Annual report of the Civil Veterinary Department, Bengal, for the year 1897-98 - 1897-1898
Year: 1897
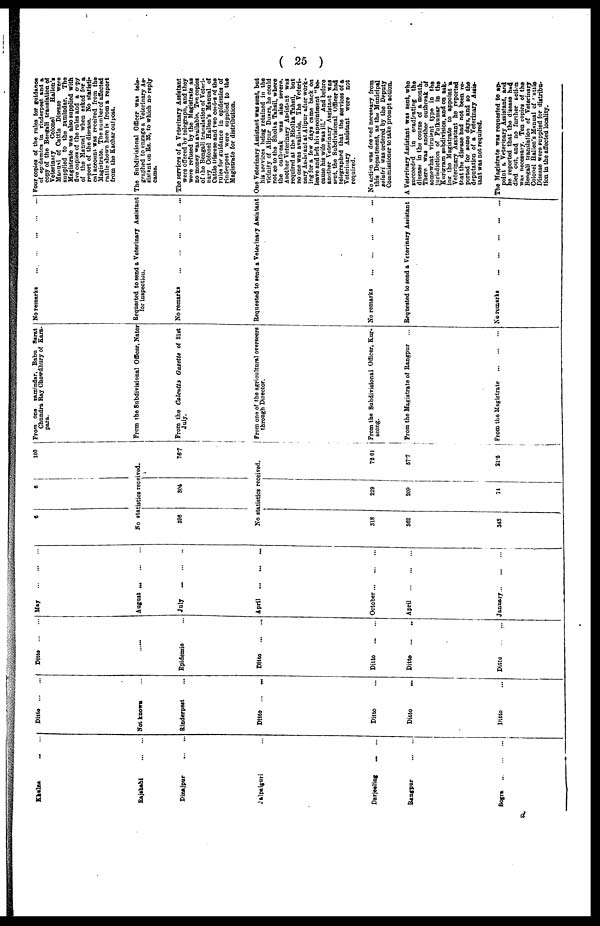
( 25 )
Khulna ... ...
Rajshahi
...
...
Dinajpur ... ...
Jalpaiguri ...
Darjeeling ... ...
Bangpur
...
...
Bogra
...
...
...
Ditto
...
...
Not known ...
Rinderpest ...
Ditto ...
...
Ditto ...
Ditto
...
Ditto ...
Ditto
...
...
......
Epidemic ...
Ditto
...
...
Ditto ... ...
Ditto
...
...
Ditto
...
...
May ... ... ...
May
...
...
...
August
...
...
...
July ... ... ...
April
...
...
...
October ... ... ...
April
...
...
...
January...
...
...
6
6
100
No statistics received.
396
304
76.7
No statistics received.
318
362
343
229
209
71
78 01
57.7
21.5
From one zamindar, Babu Sarat
Chandra Ray Chowdhury of Kara-
para.
From the Subdivisional Officer, Nator
From the Calcutta Gazette of 21st
July.
From one of the agricultural overseers
through Director.
From the Subdivisional Officer, Kur-
seong.
From the Magistrate of Rangpur ...
Prom the Magistrate
...
...
...
No remarks
...
...
...
...
...
Requested to send a Veterinary Assistant
for inspection.
No remarks
...
...
...
...
...
Requested to send a Veterinary Assistant
No remarks ... ... ... ... ...
Requested to send a Veterinary Assistant
No remarks
... ... ... ... ...
Four copies of the rules for guidance
of epidemics in rinderpest and a
copy of the Bengali translation of
Veterinary
Colonel
Hallen's
Manual of Cattle Disease were
supplied to the zamindar. The
Magistrate was also supplied with
five copies of the rules and a copy
of the Manual when asked for a
report of the disease. No statisti-
cal account was received from the
Magistrate. The number of affected
cattle shown here is from a report
from the Kachar out post.
The Subdivisional Officer was tele-
graphed to engage a Veterinary As-
sistant on Rs. 35, to which no reply
came.
The services of a Veterinary Assistant
were offered by telegraph, and they
were refused by the Magistrate as
no money was available. Ten copies
of the Bengali translation of Veteri-
nary Colonel Hallen's Manual of
Cattle Disease and two confrs of the
rules for guidance in epidemics of
rinderpest were supplied to the
Magistrate for distribution.
One Veterinary Assistant was sent, but
his services being retained in the
vicinity of Alipur Duars, he could
not go to the Bholka Tahsil, where
the outbreak was also severe.
Another Veterinary Assistant was
required at the Bholka Tahsil, but
no one was available. The Veteri-
nary Assistant at Alipur after work-
ing for a few days came back on
leave and left his appointment "be-
cause his wife was ill.' And before
another Veterinary Assistant was
sent, the Subdivisional Officer had
telegraphed that the services of a
Veterinary Assistant were not
required.
No action was deened necessary from
this Department, as the Municipal
salutri was ordered by the Deputy
Commissioner to take prompt action.
A Veterinary Assistant was sent, who
succeeded in eradicating the
disease in the course of a month.
There was another outbreak of
somewhat viruient type in the
jurisdiction of Fulkumar in the
Kurigram subdivision, and on ask-
ing the Magistrate to appoint a
Veterinary Assistant he reported
that the disease had not been re-
ported for some days, and so the
deputation of a Veterinary Assis-
tant was not required.
The Magistrate was requested to ap-
point & Veterinary Assistant, and
he reported that the disease had
died out, and no further action
was necessary. Ten copies of the
Bengali translation of Veterinary
Colonel Hallen's Manual of Cattle
Disease were supplied for distribu-
tion in the affected locality.